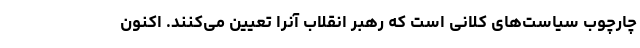
چارچوب سیاست‌های کلانی است که رهبر انقلاب آنرا تعیین می‌کنند. اکنون